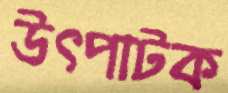
উৎপাটক